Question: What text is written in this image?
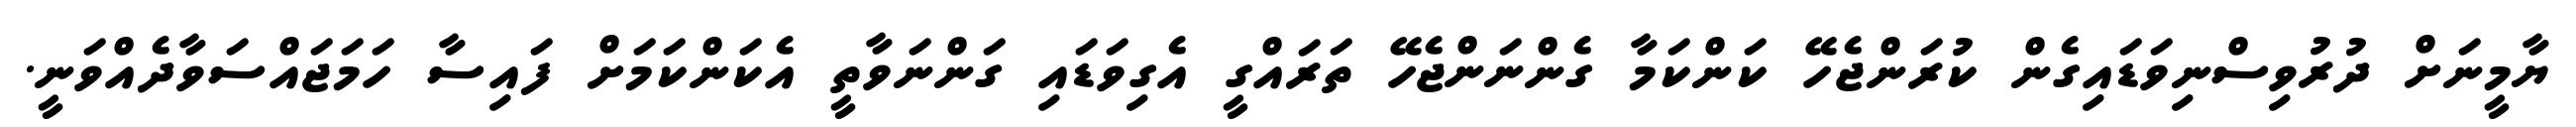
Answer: ޔާމީނަށް ދުރުވިސްނިވަޑައިގެން ކުރަންޖެހޭ ކަންކަމާ ގެންނަންޖެހޭ ތަރައްގީ އެގިވަޑައި ގަންނަވާތީ އެކަންކަމަށް ފައިސާ ހަމަޖައްސަވާދެއްވަނީ.